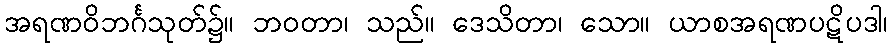
အရဏဝိဘင်္ဂသုတ်၌။ ဘဝတာ၊ သည်။ ဒေသိတာ၊ သော။ ယာစအရဏပဋိပဒါ၊